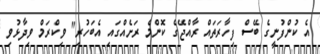
އެ ކުންފުނީގެ ބޭސް ފިހާރަތައް ރާއްޖޭގެ ކޮންމެ ރަށެއްގައި އެބަހުރި" ވިކްރަމް ވިދާޅުވި